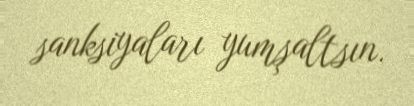
sanksiyaları yumşaltsın.